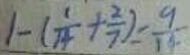
1 - ( \frac { 1 } { 1 4 } + \frac { 2 } { 7 } ) = \frac { 9 } { 1 4 }